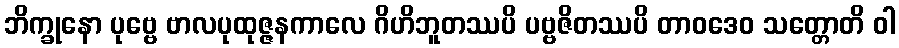
ဘိက္ခုနော ပုဗ္ဗေ ဗာလပုထုဇ္ဇနကာလေ ဂိဟိဘူတဿပိ ပဗ္ဗဇိတဿပိ တာဝဒေဝ သတ္တောတိ ဝါ